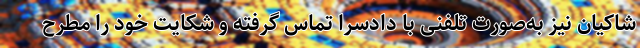
شاکیان نیز به‌صورت تلفنی با دادسرا تماس گرفته و شکایت خود را مطرح